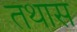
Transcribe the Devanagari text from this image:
तथास